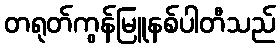
တရုတ်ကွန်မြူနစ်ပါတီသည်